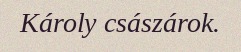
Károly császárok.